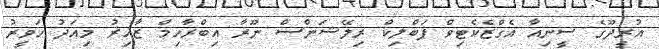
އުރީދޫގެ ސީނިއާ އެގްޒެކެޓިވް ޕަބްލިކް ރިލޭޝަންސް ނޫރާ އިބްރާހިމް ޒާހިރު މިއަދު ހަވީރު